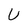
Character: U